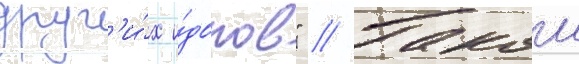
друг'и́х и́долов" // Такои